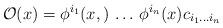
LaTeX: \begin{align*}{\cal O}(x) = \phi^{i_1} (x, ) \, \dots \, \phi^{i_n}(x) c_{i_1 \dots i_n}\end{align*}